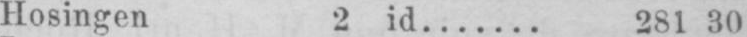
Hosingen 2 id....... 281 30